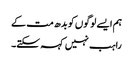
ہم ایسے لوگوں کو بدھ مت کے
راہب نہیں کہہ سکتے۔